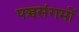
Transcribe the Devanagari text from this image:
पञ्चसंगमों